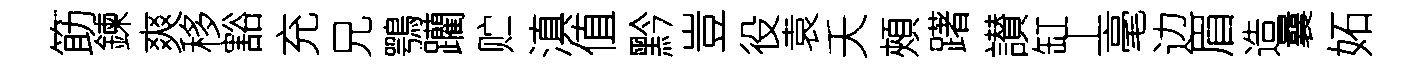
筯鍊爽移豁充兄鶚躪贮滇值黔豈役袁夭頰躇讃缸丄毫边眉造曩妬